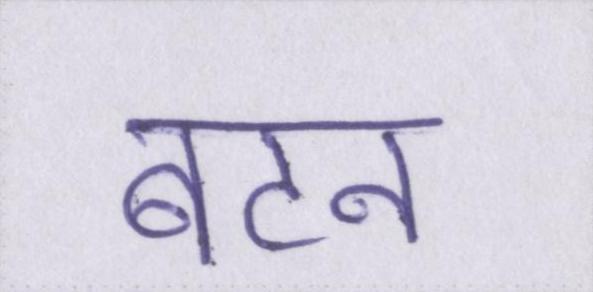
बटन